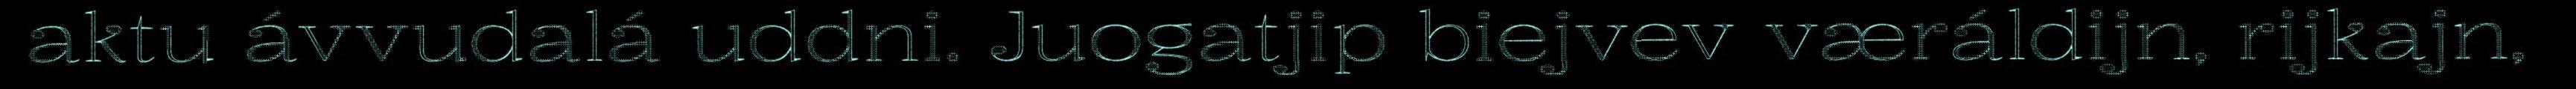
aktu ávvudalá uddni. Juogatjip biejvev væráldijn, rijkajn,